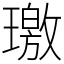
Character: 璬